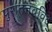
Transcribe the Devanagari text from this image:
पुरातत्तवविद्